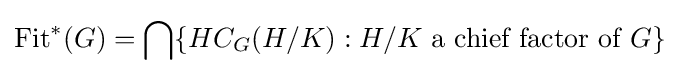
\operatorname {Fit} ^{*}(G)=\bigcap \{HC_{G}(H/K):H/K{\text{ a chief factor of }}G\}